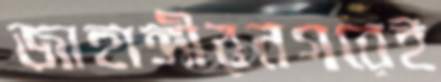
জাহাঙ্গীরনগরেই